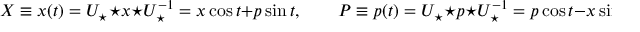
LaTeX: X \equiv x ( t ) = U _ { \star } \star x \star U _ { \star } ^ { - 1 } = x \cos t + p \sin t , \qquad P \equiv p ( t ) = U _ { \star } \star p \star U _ { \star } ^ { - 1 } = p \cos t - x \sin t .